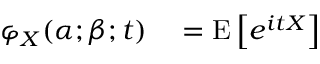
\begin{array} { r l } { \varphi _ { X } ( \alpha ; \beta ; t ) } & { { } = \operatorname { E } \left[ e ^ { i t X } \right] } \end{array}